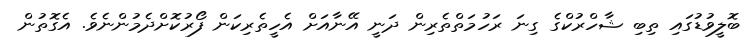
ބޮލީވުޑުގައި ތިބި ޝާހްރުކްގެ ގިނަ ރަހުމަތްތެރިން ދަނީ އޭނާއަށް އެހީތެރިކަން ފޯރުކޮށްދެމުންނެވެ. އެގޮތުން